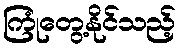
ကြုံတွေ့နိုင်သည့်